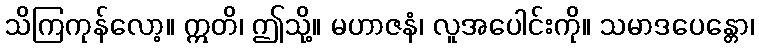
သိကြကုန်လော့။ ဣတိ၊ ဤသို့။ မဟာဇနံ၊ လူအပေါင်းကို။ သမာဒပေန္တော၊